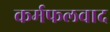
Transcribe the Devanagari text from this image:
कर्मफलवाद